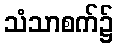
သံသာစက်၌